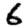
Digit: 6